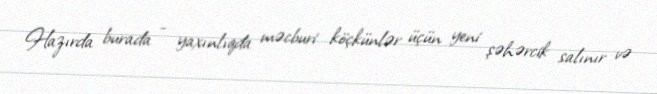
Hazırda burada - yaxınlıqda məcburi köçkünlər üçün yeni şəhərcik salınır və